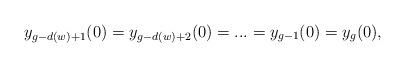
LaTeX: \begin{align*}y_{g-d(w)+1}(0)=y_{g-d(w)+2}(0)=...=y_{g-1}(0)=y_g(0),\end{align*}